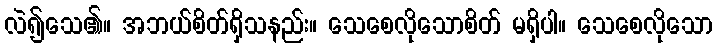
လဲ၍သေ၏။ အဘယ်စိတ်ရှိသနည်း။ သေစေလိုသောစိတ် မရှိပါ။ သေစေလိုသော